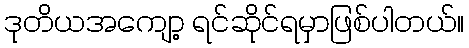
ဒုတိယအကျော့ ရင်ဆိုင်ရမှာဖြစ်ပါတယ်။